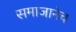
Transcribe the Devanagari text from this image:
समाजानेच